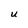
Character: U